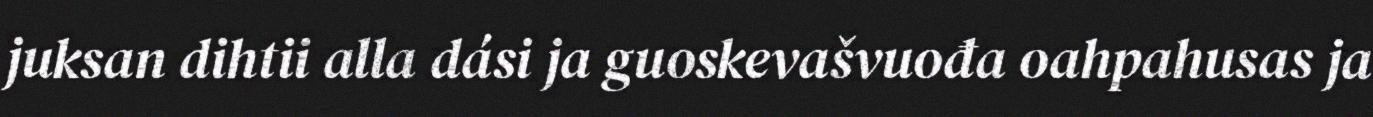
juksan dihtii alla dási ja guoskevašvuođa oahpahusas ja